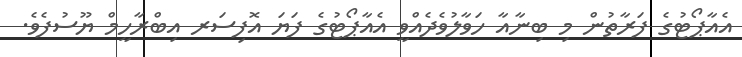
އެއާޕޯޓުގެ ފަރާތުން މި ބިނާއާ ހަވާލުވެދެއްވީ އެއާޕޯޓުގެ ފަޔަ އޮފިސަރ އިބްރާހީމް ޔޫސުފެވެ.